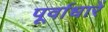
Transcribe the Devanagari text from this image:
पूर्वाधारें